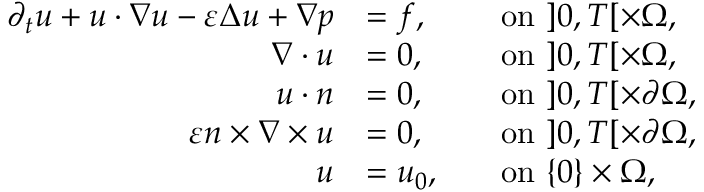
\begin{array} { r l r l } { \partial _ { t } \boldsymbol { u } + \boldsymbol { u } \cdot \nabla \boldsymbol { u } - \ensuremath \varepsilon \Delta \boldsymbol { u } + \nabla p } & { = \boldsymbol { f } , } & & { \mathrm { o n ~ } ] 0 , T [ \times \Omega , } \\ { \nabla \cdot \boldsymbol { u } } & { = 0 , } & & { \mathrm { o n ~ } ] 0 , T [ \times \Omega , } \\ { \boldsymbol { u } \cdot \boldsymbol { n } } & { = 0 , } & & { \mathrm { o n ~ } ] 0 , T [ \times \partial \Omega , } \\ { \ensuremath \varepsilon \boldsymbol { n } \times \nabla \times \boldsymbol { u } } & { = \boldsymbol { 0 } , } & & { \mathrm { o n ~ } ] 0 , T [ \times \partial \Omega , } \\ { \boldsymbol { u } } & { = \boldsymbol { u _ { 0 } } , } & & { \mathrm { o n ~ } \{ 0 \} \times \Omega , } \end{array}